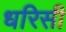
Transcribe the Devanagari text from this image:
धरिसी